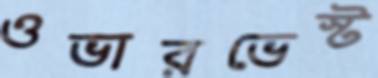
ওভারভেস্ট